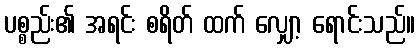
ပစ္စည်း၏ အရင်း စရိတ် ထက် လျှော့ ရောင်းသည်။